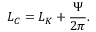
L _ { C } = L _ { K } + \frac { \Psi } { 2 \pi } .